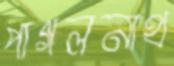
পাগলনাথ